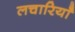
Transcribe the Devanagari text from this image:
लचारियाँ